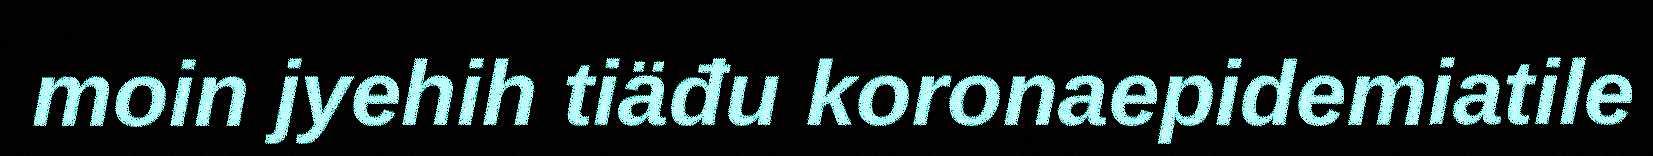
moin jyehih tiäđu koronaepidemiatile